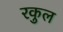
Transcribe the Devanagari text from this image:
रकुल